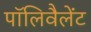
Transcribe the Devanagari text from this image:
पॉलिवैलेंट